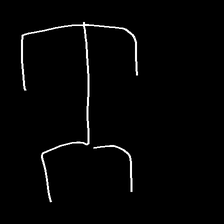
Glyph: entwine